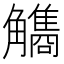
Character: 𧥏